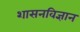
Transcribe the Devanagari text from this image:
शासनविज्ञान